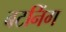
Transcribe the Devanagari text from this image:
बटनिंग